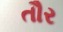
તૌર